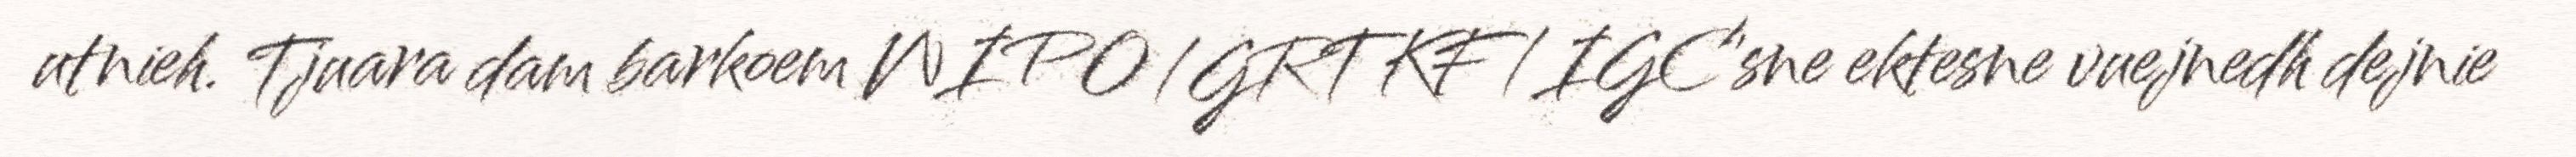
utnieh. Tjuara dam barkoem WIPO/GRTKF/IGC'sne ektesne vuejnedh dejnie